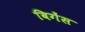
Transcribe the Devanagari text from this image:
बिगेंस